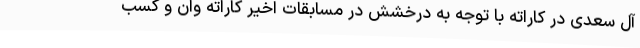
آل سعدی در کاراته با توجه به درخشش در مسابقات اخیر کاراته وان و کسب